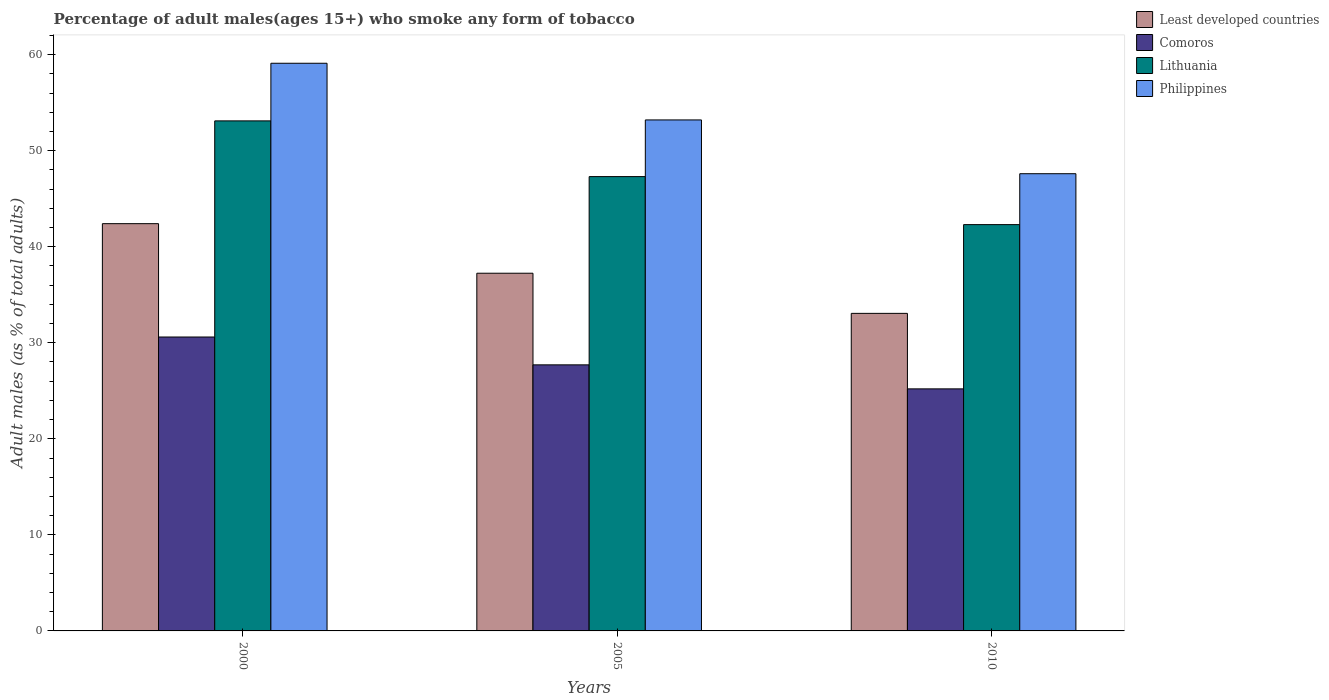
| Years | Least developed countries | Comoros | Lithuania | Philippines |
 | --- | --- | --- | --- | --- |
 | 2000 | 42.4 | 30.6 | 53.1 | 59.1 |
 | 2005 | 37.2 | 27.7 | 47.3 | 53.2 |
 | 2010 | 33.1 | 25.2 | 42.3 | 47.6 |